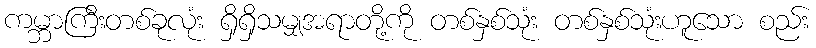
ကမ္ဘာကြီးတစ်ခုလုံး ရှိရှိသမျှအရာတို့ကို တစ်နှစ်သုံး တစ်နှစ်သုံးဟူသော စည်း